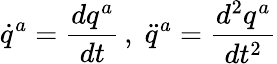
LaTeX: \dot{q}^{a}=\frac{dq^{a}}{dt}\, ,\; \ddot{q}^{a}=\frac{d^{2}q^{a}}{dt^{2}}